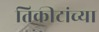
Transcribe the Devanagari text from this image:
तिकीटांच्या